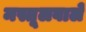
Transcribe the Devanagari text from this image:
मस्तूलवाले